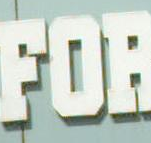
FOR